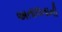
અતાલતાની